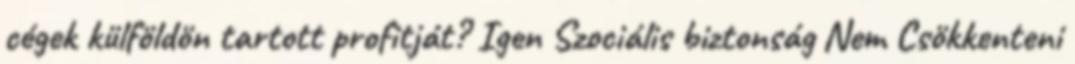
cégek külföldön tartott profitját? Igen Szociális biztonság Nem Csökkenteni